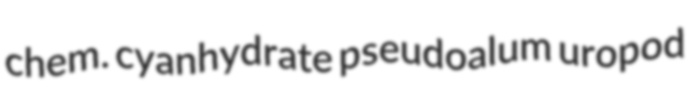
chem. cyanhydrate pseudoalum uropod